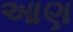
આણ